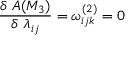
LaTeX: \frac { \delta ~ A ( M _ { 3 } ) } { \delta ~ \lambda _ { i j } } = \omega _ { i j k } ^ { ( 2 ) } = 0